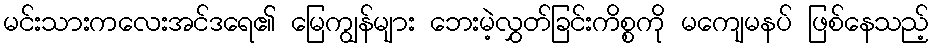
မင်းသားကလေးအင်ဒရေ၏ မြေကျွန်များ ဘေးမဲ့လွှတ်ခြင်းကိစ္စကို မကျေမနပ် ဖြစ်နေသည့်